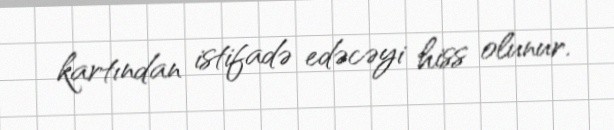
kartından istifadə edəcəyi hiss olunur.